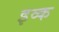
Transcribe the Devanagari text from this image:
इव्क